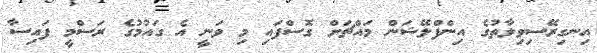
އިނގިރޭސިވިލާތުގެ އިންފްލޭޝަން މައްޗަށް ގޮސްފައި މި ވަނީ އެ ގައުމުގެ ރަސްމީ ފައިސާ